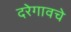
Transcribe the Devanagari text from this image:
दरेगावचे